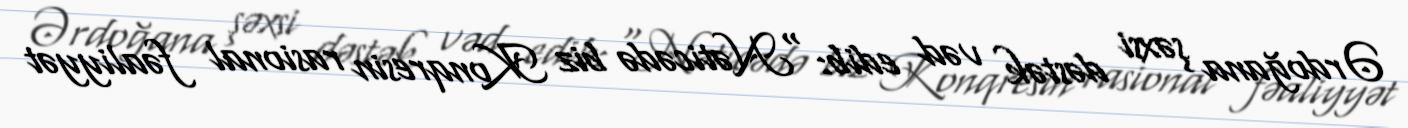
Ərdoğana şəxsi dəstək vəd edib: “Nəticədə biz Konqresin rasional fəaliyyət